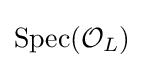
{\text{Spec}}({\mathcal {O}}_{L})